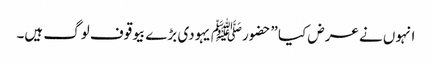
انہوں نے عرض کیا ”حضورﷺ یہودی بڑے بیوقوف لوگ ہیں۔